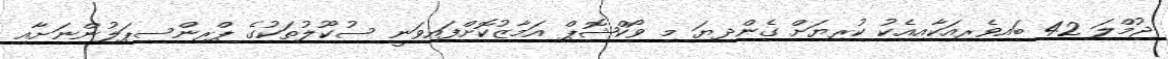
ޖުމްލަ 42 ބައިވެރިއަކާއިއެކު ކުރިޔަށް ގެންދިޔަ މި ވޯކްޝޮޕް އަމާޒުކޮށްފައިވަނީ ސުކޫލުތަކުގެ ޕްރިންސިޕަލުންނަށާއި